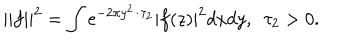
| | f | | ^ { 2 } = \int { \mathrm e } ^ { - 2 \pi y ^ { 2 } / \tau _ { 2 } } | f ( z ) | ^ { 2 } d x d y , \, \, \, \tau _ { 2 } > 0 .